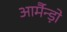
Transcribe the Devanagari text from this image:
आर्मैन्ड़ो